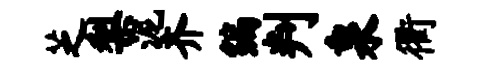
芝梨泥齐编判泉衢